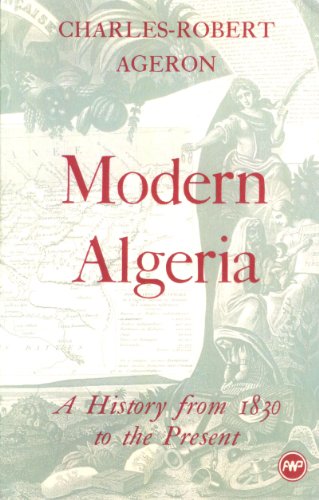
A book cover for Modern Algeria: A History from 1830 to the Present; Charles Robert Ageron; History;